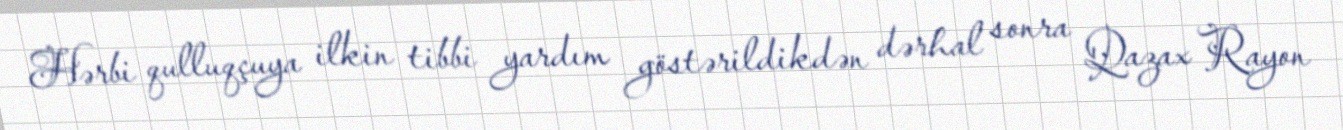
Hərbi qulluqçuya ilkin tibbi yardım göstərildikdən dərhal sonra Qazax Rayon